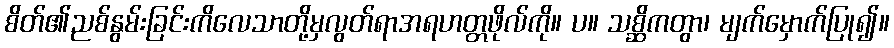
စိတ်၏ညစ်နွမ်းခြင်းကိလေသာတို့မှလွတ်ရာအရဟတ္တဖိုလ်ကို။ ပ။ သစ္ဆိကတွာ၊ မျက်မှောက်ပြု၍။